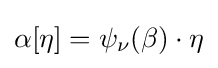
\alpha [\eta ]=\psi _{\nu }(\beta )\cdot \eta